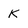
Character: K